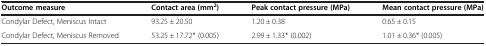
| Outcome measure | Contact area (mm2) | Peak contact pressure (MPa) | Mean contact pressure (MPa) |
 | --- | --- | --- | --- |
 | Condylar Defect, Meniscus Intact | 93.25 ± 20.50 | 1.20 ± 0.38 | 0.65 ± 0.15 |
 | Condylar Defect, Meniscus Removed | 53.25 ± 17.72* (0.005) | 2.99 ± 1.33* (0.002) | 1.01 ± 0.36* (0.005) |